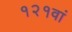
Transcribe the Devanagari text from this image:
१२१वां